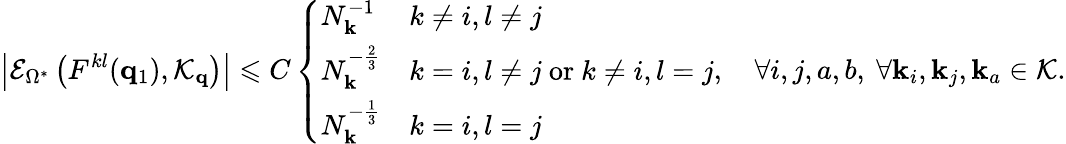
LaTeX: \left|\mathcal{E}_{\Omega^{*}}\left(F^{kl}(\mathbf{q}_{1}),\mathcal{K}_{\mathbf{q}}\right)\right|\leqslant C\left\{ \begin{array}{ll}{N_{\mathbf{k}}^{-1}}&{k\neq i,l\neq j}\\ {N_{\mathbf{k}}^{-\frac 23}}&{k=i,l\neq j\mathrm{~or~}k\neq i,l=j}\\ {N_{\mathbf{k}}^{-\frac 13}}&{k=i,l=j}\end{array}\right.,\quad\forall i,j,a,b,\ \forall\mathbf{k}_{i},\mathbf{k}_{j},\mathbf{k}_{a}\in\mathcal{K}.